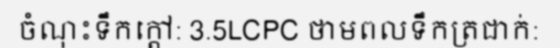
ចំណុះទឹកក្តៅ: 3.5LCPC ថាមពលទឹកត្រជាក់: